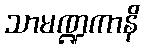
သာမဏ္ဍကာနိ